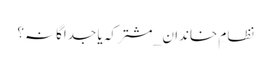
نظامِ خاندان _ مشترکہ یا جداگانہ؟